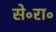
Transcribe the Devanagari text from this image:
से॰रा॰